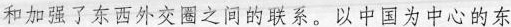
和加强了东西外交圈之间的联系。以中国为中心的东